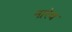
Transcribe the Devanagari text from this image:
नारेव